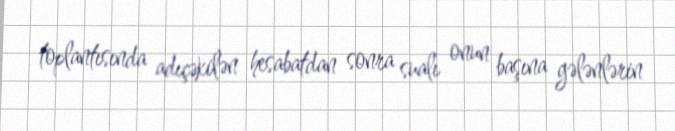
toplantısında adıçəkilən hesabatdan sonra sualı onun başına gələnlərin